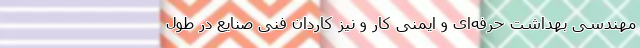
مهندسی بهداشت حرفه‌­ای و ایمنی کار و نیز کاردان فنی صنایع در طول